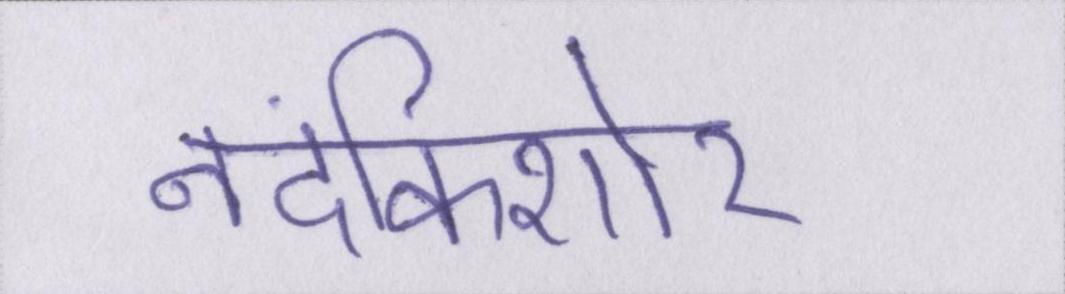
नंदकिशोर